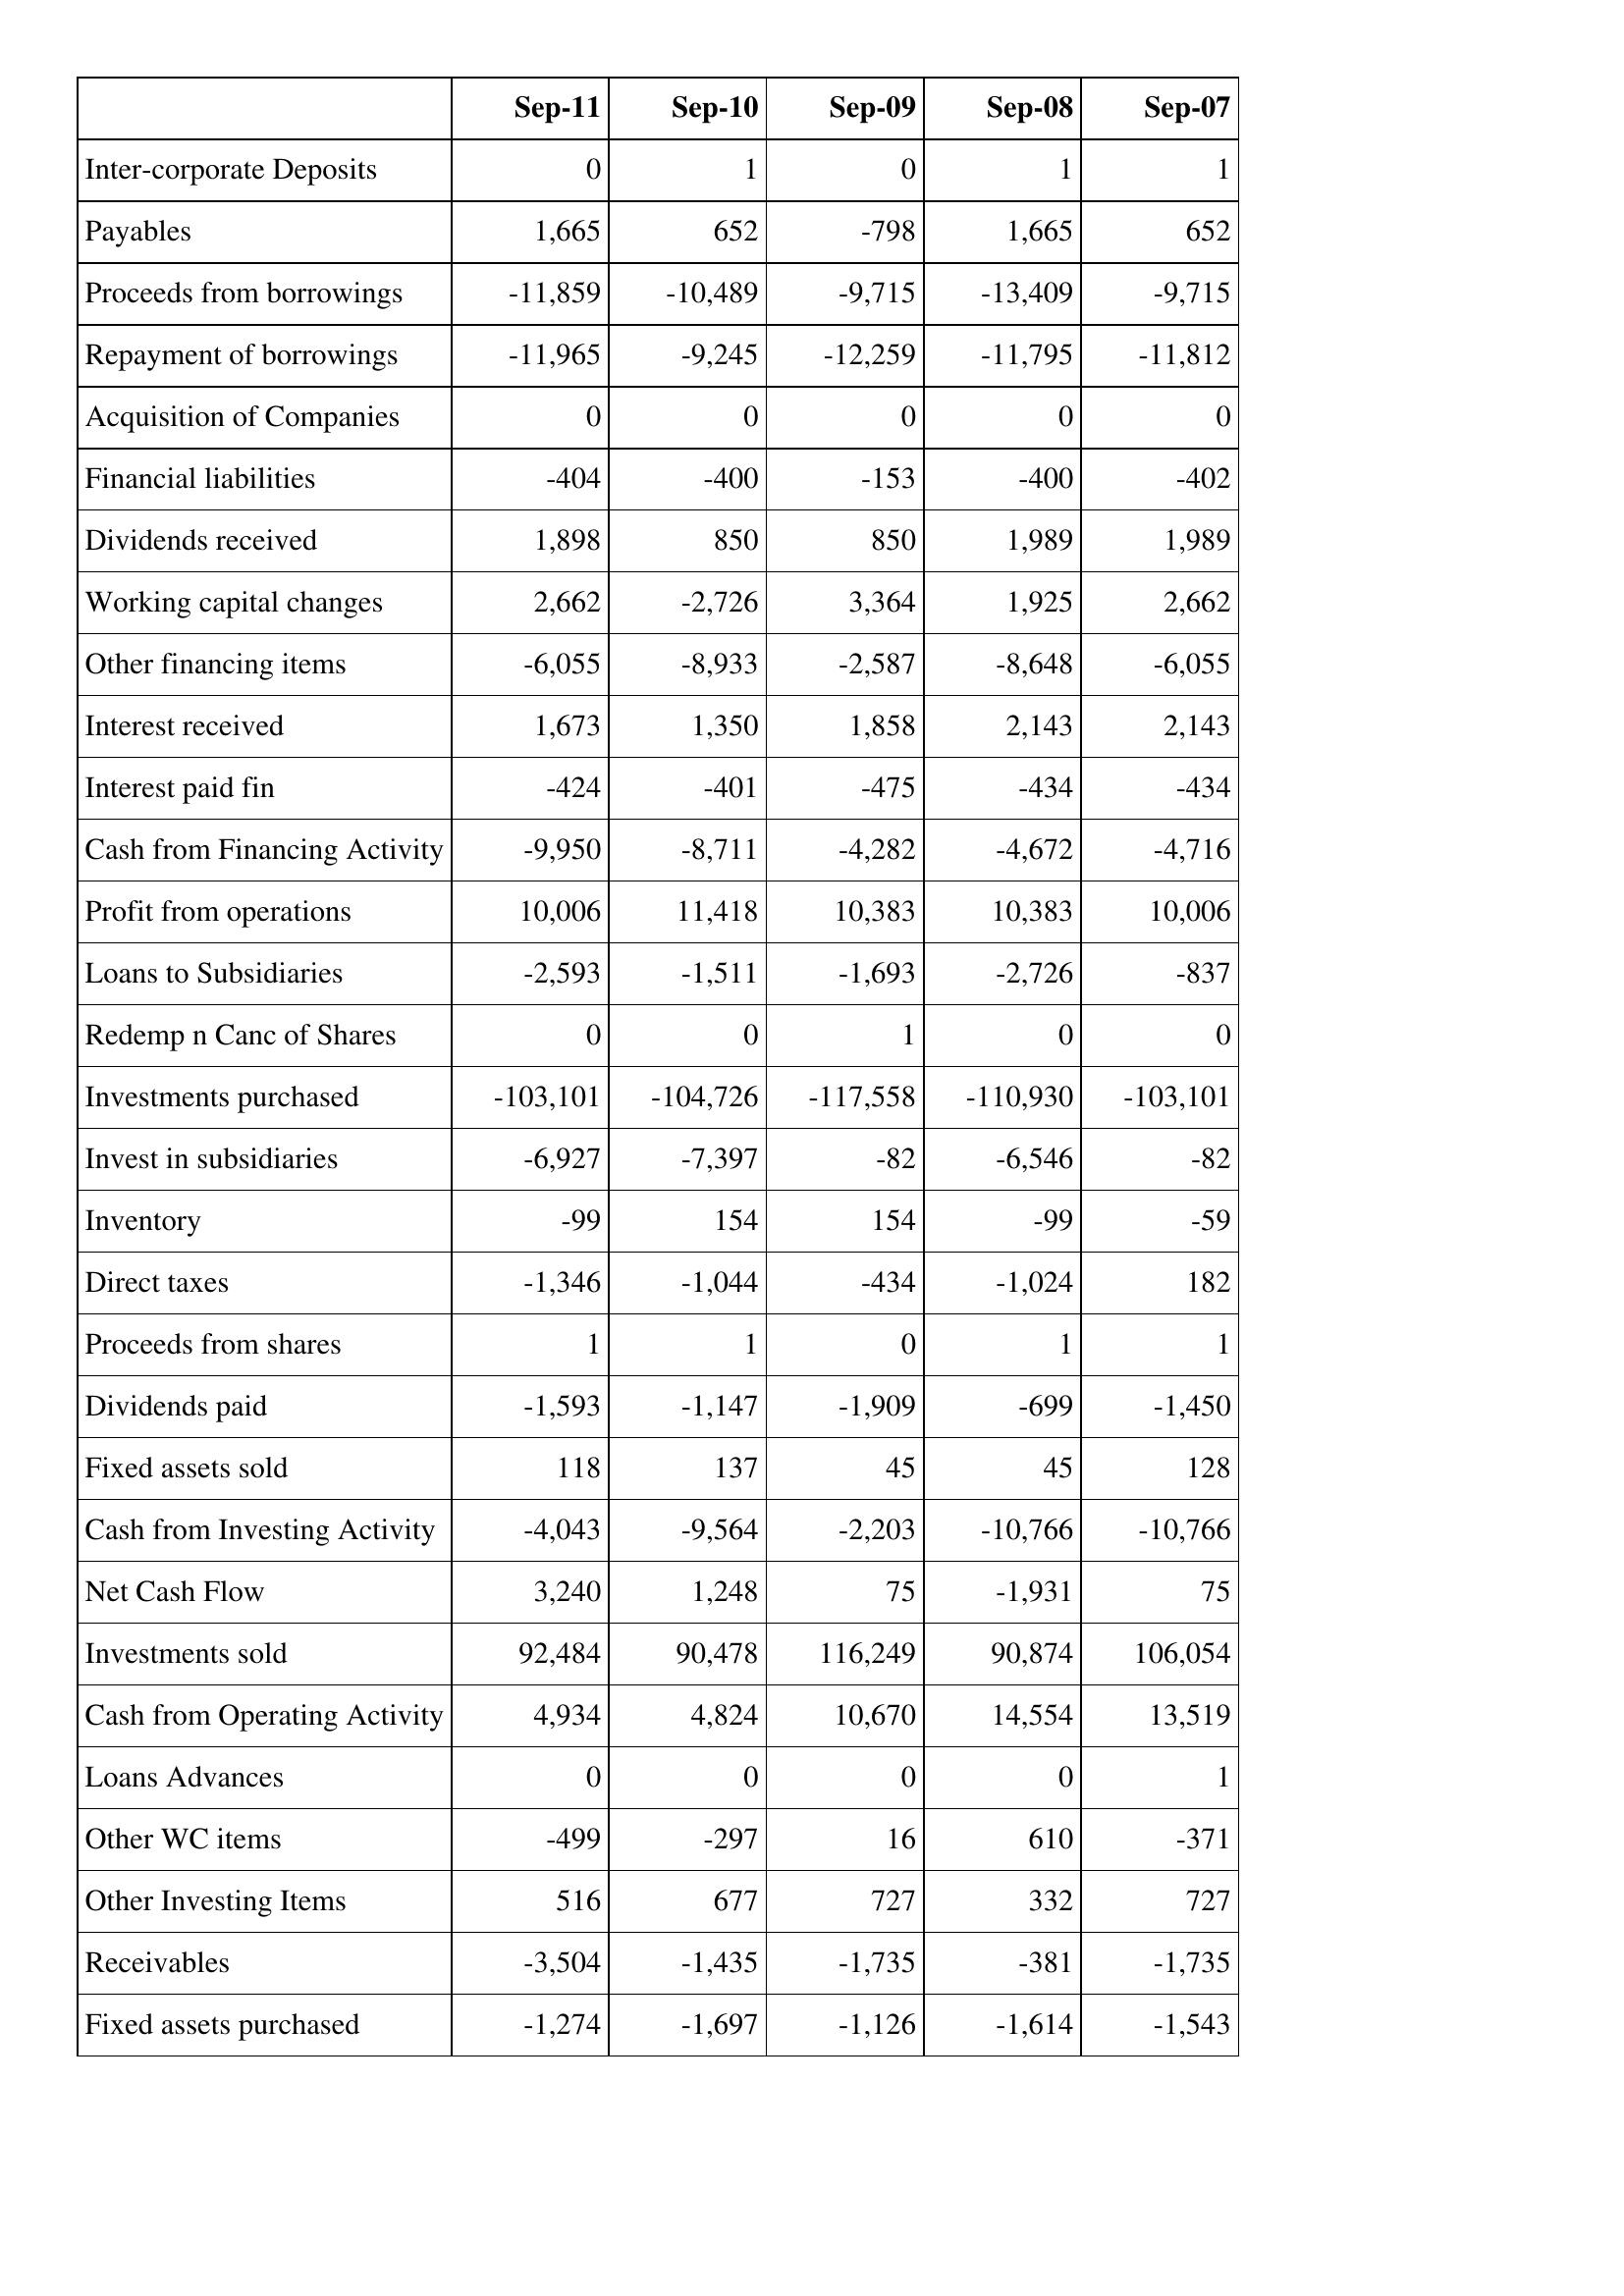
Sep-11: Cash Flows: Inter-corporate Deposits: 0
Payables: 1,665
Proceeds from borrowings: -11,859
Repayment of borrowings: -11,965
Acquisition of Companies: 0
Financial liabilities: -404
Dividends received: 1,898
Working capital changes: 2,662
Other financing items: -6,055
Interest received: 1,673
Interest paid fin: -424
Cash from Financing Activity: -9,950
Profit from operations: 10,006
Loans to Subsidiaries: -2,593
Redemp n Canc of Shares: 0
Investments purchased: -103,101
Invest in subsidiaries: -6,927
Inventory: -99
Direct taxes: -1,346
Proceeds from shares: 1
Dividends paid: -1,593
Fixed assets sold: 118
Cash from Investing Activity: -4,043
Net Cash Flow: 3,240
Investments sold: 92,484
Cash from Operating Activity: 4,934
Loans Advances: 0
Other WC items: -499
Other Investing Items: 516
Receivables: -3,504
Fixed assets purchased: -1,274
Sep-10: Cash Flows: Inter-corporate Deposits: 1
Payables: 652
Proceeds from borrowings: -10,489
Repayment of borrowings: -9,245
Acquisition of Companies: 0
Financial liabilities: -400
Dividends received: 850
Working capital changes: -2,726
Other financing items: -8,933
Interest received: 1,350
Interest paid fin: -401
Cash from Financing Activity: -8,711
Profit from operations: 11,418
Loans to Subsidiaries: -1,511
Redemp n Canc of Shares: 0
Investments purchased: -104,726
Invest in subsidiaries: -7,397
Inventory: 154
Direct taxes: -1,044
Proceeds from shares: 1
Dividends paid: -1,147
Fixed assets sold: 137
Cash from Investing Activity: -9,564
Net Cash Flow: 1,248
Investments sold: 90,478
Cash from Operating Activity: 4,824
Loans Advances: 0
Other WC items: -297
Other Investing Items: 677
Receivables: -1,435
Fixed assets purchased: -1,697
Sep-09: Cash Flows: Inter-corporate Deposits: 0
Payables: -798
Proceeds from borrowings: -9,715
Repayment of borrowings: -12,259
Acquisition of Companies: 0
Financial liabilities: -153
Dividends received: 850
Working capital changes: 3,364
Other financing items: -2,587
Interest received: 1,858
Interest paid fin: -475
Cash from Financing Activity: -4,282
Profit from operations: 10,383
Loans to Subsidiaries: -1,693
Redemp n Canc of Shares: 1
Investments purchased: -117,558
Invest in subsidiaries: -82
Inventory: 154
Direct taxes: -434
Proceeds from shares: 0
Dividends paid: -1,909
Fixed assets sold: 45
Cash from Investing Activity: -2,203
Net Cash Flow: 75
Investments sold: 116,249
Cash from Operating Activity: 10,670
Loans Advances: 0
Other WC items: 16
Other Investing Items: 727
Receivables: -1,735
Fixed assets purchased: -1,126
Sep-08: Cash Flows: Inter-corporate Deposits: 1
Payables: 1,665
Proceeds from borrowings: -13,409
Repayment of borrowings: -11,795
Acquisition of Companies: 0
Financial liabilities: -400
Dividends received: 1,989
Working capital changes: 1,925
Other financing items: -8,648
Interest received: 2,143
Interest paid fin: -434
Cash from Financing Activity: -4,672
Profit from operations: 10,383
Loans to Subsidiaries: -2,726
Redemp n Canc of Shares: 0
Investments purchased: -110,930
Invest in subsidiaries: -6,546
Inventory: -99
Direct taxes: -1,024
Proceeds from shares: 1
Dividends paid: -699
Fixed assets sold: 45
Cash from Investing Activity: -10,766
Net Cash Flow: -1,931
Investments sold: 90,874
Cash from Operating Activity: 14,554
Loans Advances: 0
Other WC items: 610
Other Investing Items: 332
Receivables: -381
Fixed assets purchased: -1,614
Sep-07: Cash Flows: Inter-corporate Deposits: 1
Payables: 652
Proceeds from borrowings: -9,715
Repayment of borrowings: -11,812
Acquisition of Companies: 0
Financial liabilities: -402
Dividends received: 1,989
Working capital changes: 2,662
Other financing items: -6,055
Interest received: 2,143
Interest paid fin: -434
Cash from Financing Activity: -4,716
Profit from operations: 10,006
Loans to Subsidiaries: -837
Redemp n Canc of Shares: 0
Investments purchased: -103,101
Invest in subsidiaries: -82
Inventory: -59
Direct taxes: 182
Proceeds from shares: 1
Dividends paid: -1,450
Fixed assets sold: 128
Cash from Investing Activity: -10,766
Net Cash Flow: 75
Investments sold: 106,054
Cash from Operating Activity: 13,519
Loans Advances: 1
Other WC items: -371
Other Investing Items: 727
Receivables: -1,735
Fixed assets purchased: -1,543